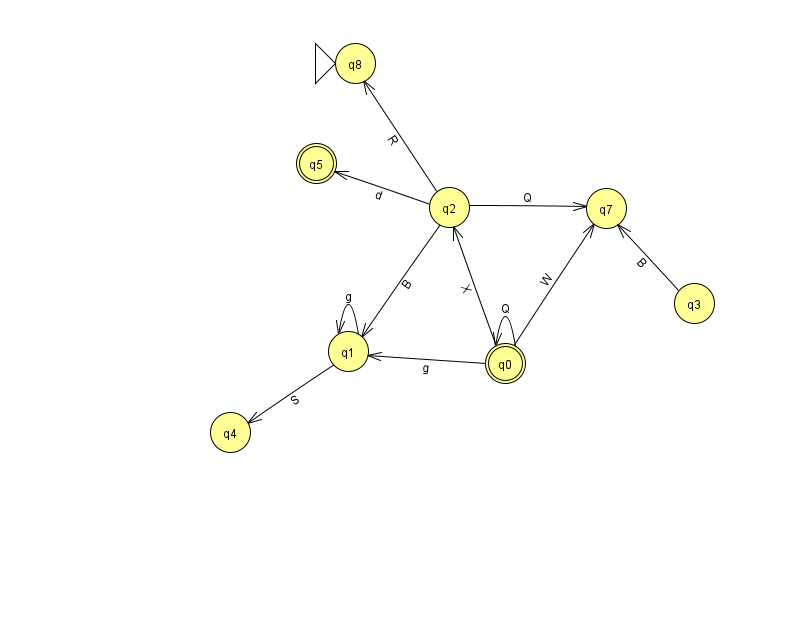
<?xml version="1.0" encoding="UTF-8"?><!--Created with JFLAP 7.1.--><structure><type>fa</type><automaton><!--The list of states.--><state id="0" name="q0"><x>505.0</x><y>350.0</y><final/></state><state id="1" name="q1"><x>348.0</x><y>338.0</y></state><state id="2" name="q2"><x>449.0</x><y>194.0</y></state><state id="3" name="q3"><x>694.0</x><y>290.0</y></state><state id="4" name="q4"><x>230.0</x><y>419.0</y></state><state id="5" name="q5"><x>316.0</x><y>150.0</y><final/></state><state id="7" name="q7"><x>606.0</x><y>195.0</y></state><state id="8" name="q8"><x>355.0</x><y>50.0</y><initial/></state><!--The list of transitions.--><transition><from>0</from><to>0</to><read>Q</read></transition><transition><from>3</from><to>7</to><read>B</read></transition><transition><from>0</from><to>1</to><read>g</read></transition><transition><from>0</from><to>2</to><read>X</read></transition><transition><from>2</from><to>7</to><read>Q</read></transition><transition><from>1</from><to>1</to><read>g</read></transition><transition><from>1</from><to>4</to><read>S</read></transition><transition><from>2</from><to>5</to><read>d</read></transition><transition><from>2</from><to>1</to><read>B</read></transition><transition><from>0</from><to>7</to><read>W</read></transition><transition><from>2</from><to>8</to><read>R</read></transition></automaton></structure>